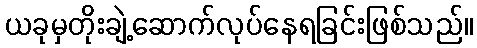
ယခုမှတိုးချဲ့ဆောက်လုပ်နေရခြင်းဖြစ်သည်။